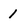
Character: I